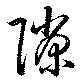
隙